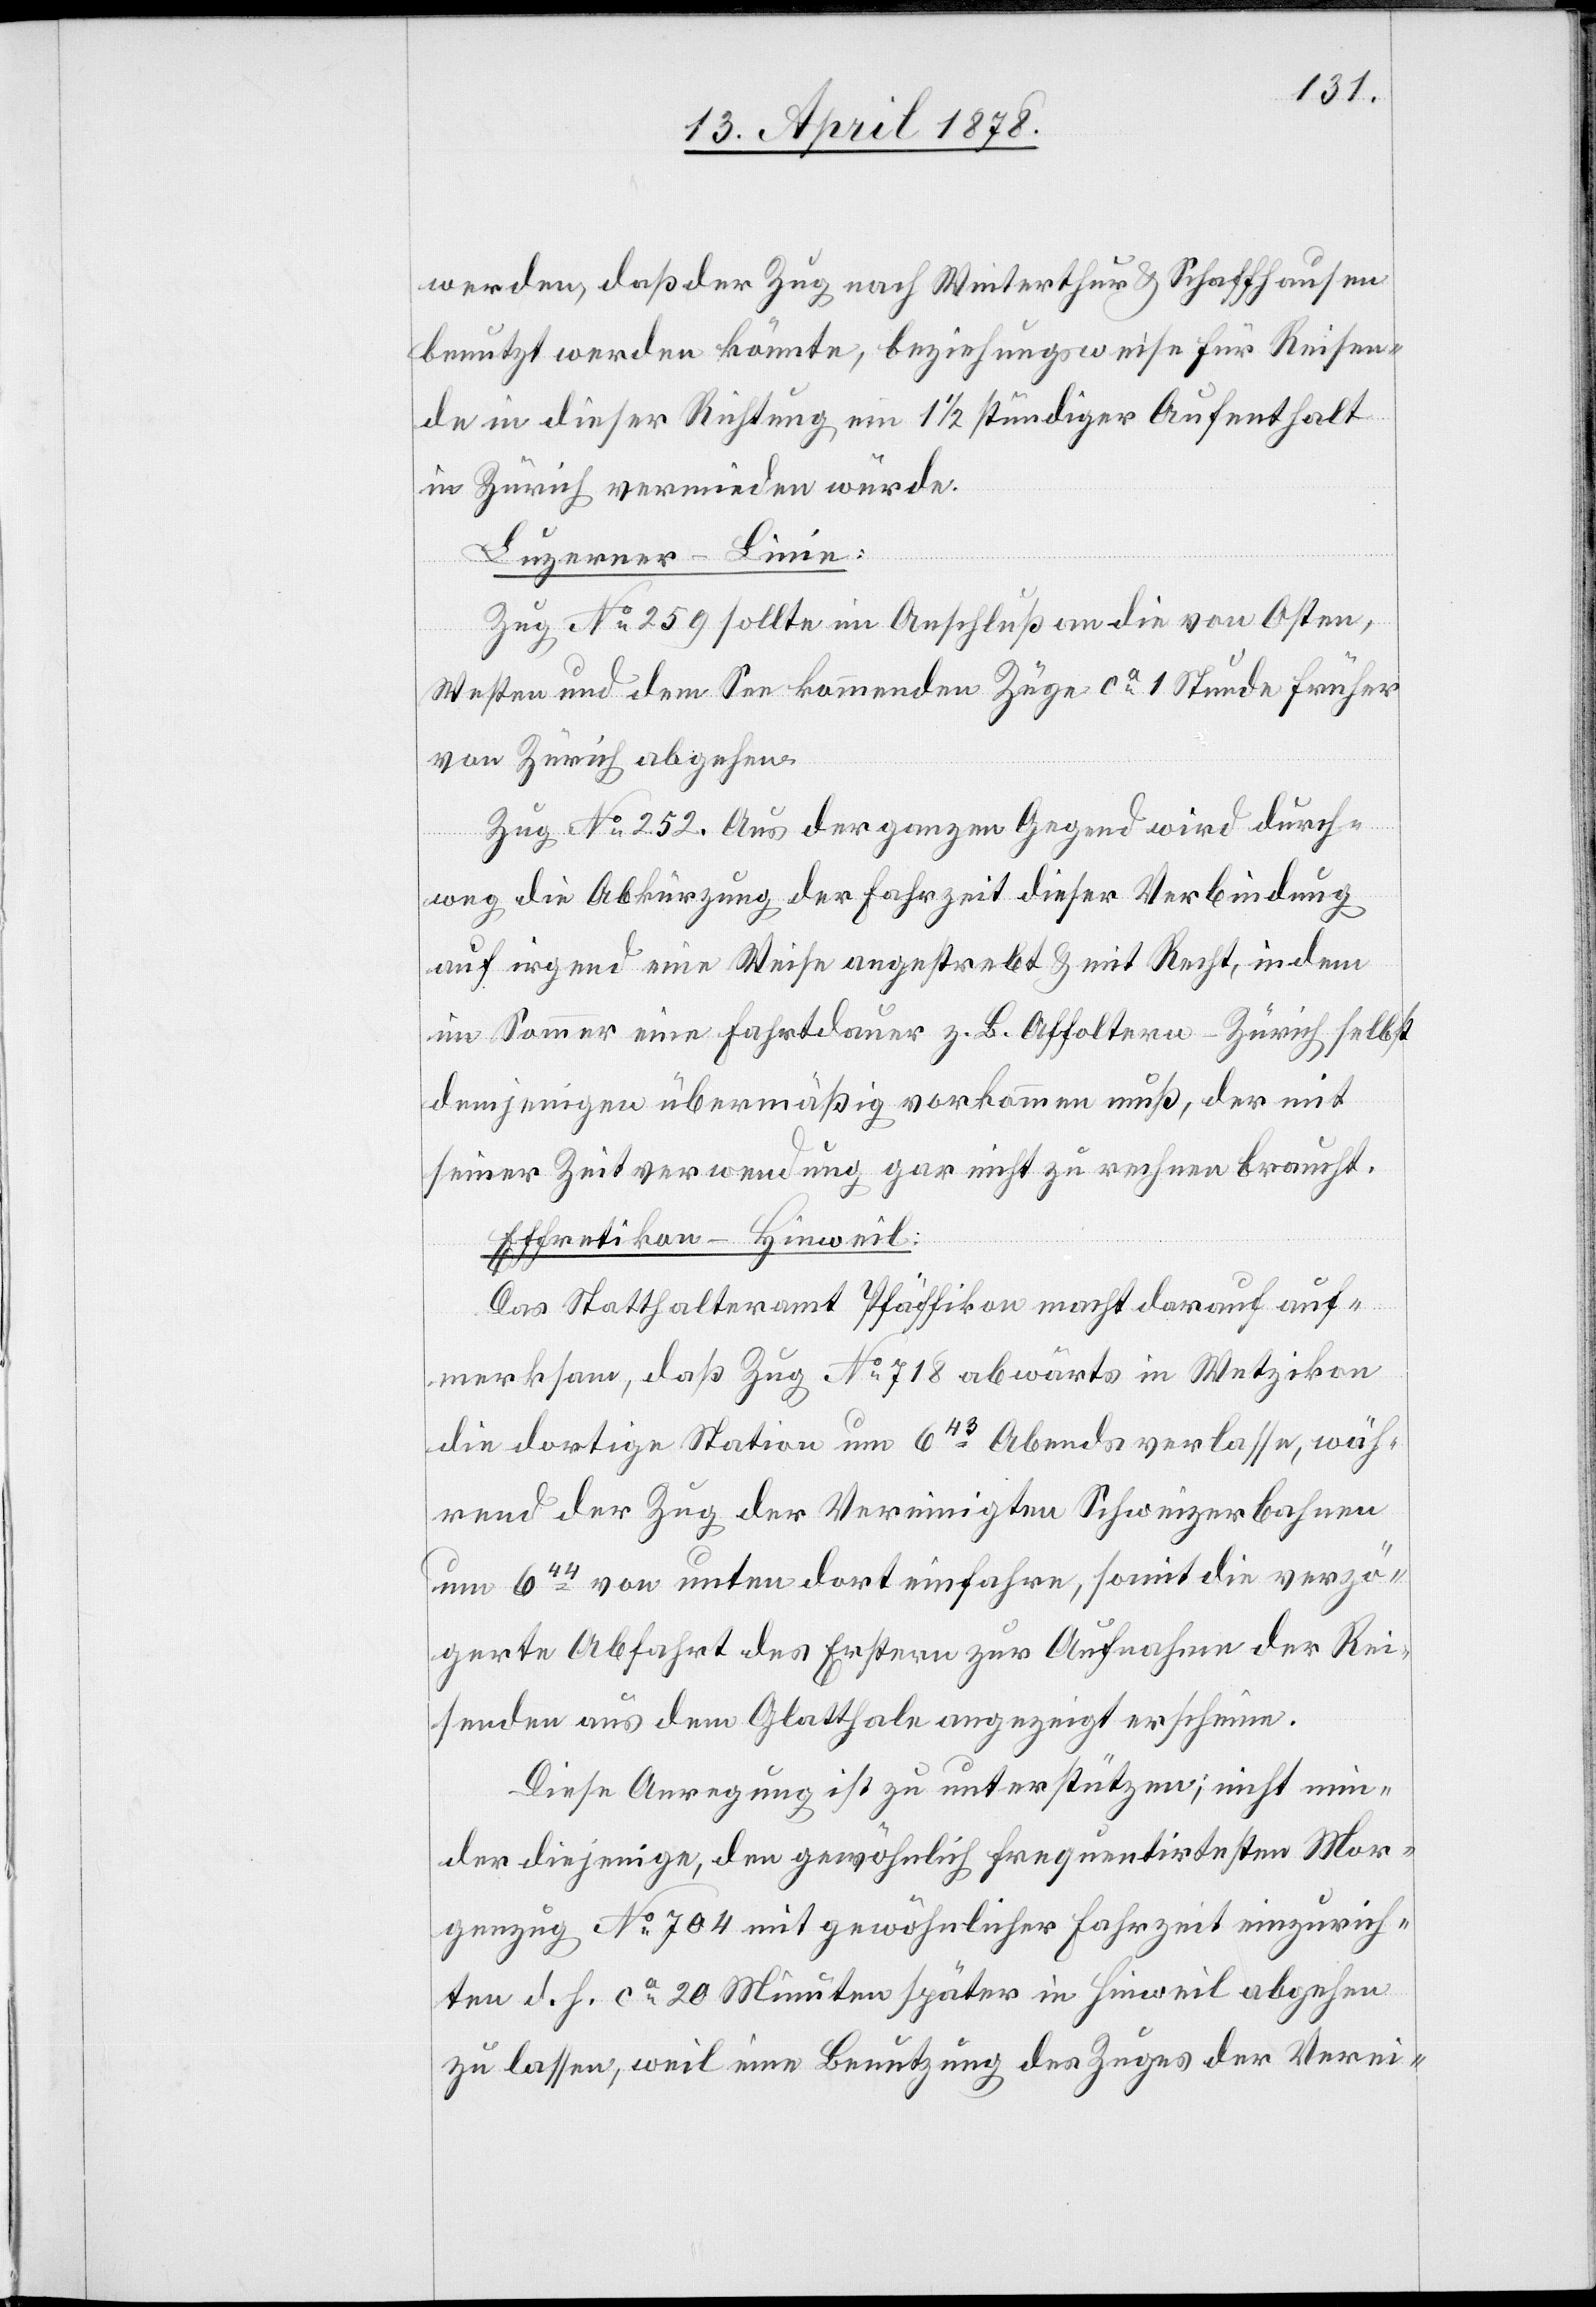
werden, daß der Zug nach Winterthur & Schaffhausen
benutzt werden könnte, beziehungsweise für Reisen¬
de in dieser Richtung ein 1 1/2 stündiger Aufenthalt
in Zürich vermieden würde.
Luzerner-Linie:
Zug No 259 sollte im Anschluß an die von Osten,
Westen und dem See kommenden Züge ca 1 Stunde früher
von Zürich abgehen.
Zug No 252. Aus der ganzen Gegend wird durch¬
weg die Abkürzung der Fahrzeit dieser Verbindung
auf irgend eine Weise angestrebt & mit Recht, in dem
im Sommer eine Fahrtdauer z. B. Affoltern–Zürich selbst
demjenigen übermäßig vorkommen muß, der mit
seiner Zeitverwendung gar nicht zu rechnen braucht.
Effretikon–Hinweil:
Das Statthalteramt Pfäffikon macht darauf auf¬
merksam, daß Zug No 718 abwärts in Wetzikon
die dortige Station um 643 Abends verlasse, wäh¬
rend der Zug der Vereinigten Schweizerbahnen
um 644 von unten dort einfahre, soweit die verzö¬
gerte Abfahrt des Erstern zur Aufnahme der Rei¬
senden aus dem Glatthale angezeigt erscheine.
Diese Anregung ist zu unterstützen; nicht min¬
der diejenige, den gewöhnlich frequentirtesten Mor¬
genzug No 705 mit gewöhnlicher Fahrzeit einzurich¬
ten d. h. ca 20 Minuten später in Hinweil abgehen
zu lassen, weil eine Benutzung des Zuges der Verei-